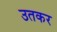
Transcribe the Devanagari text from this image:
उतकर